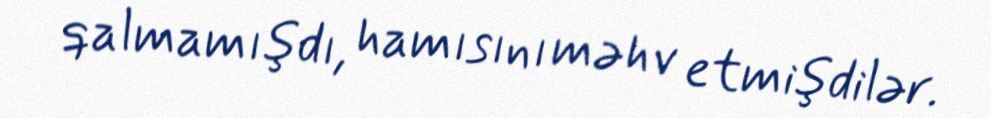
qalmamışdı, hamısını məhv etmişdilər.